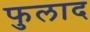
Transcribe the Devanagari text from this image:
फुलाद